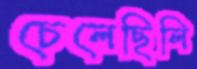
চেলেছিলি